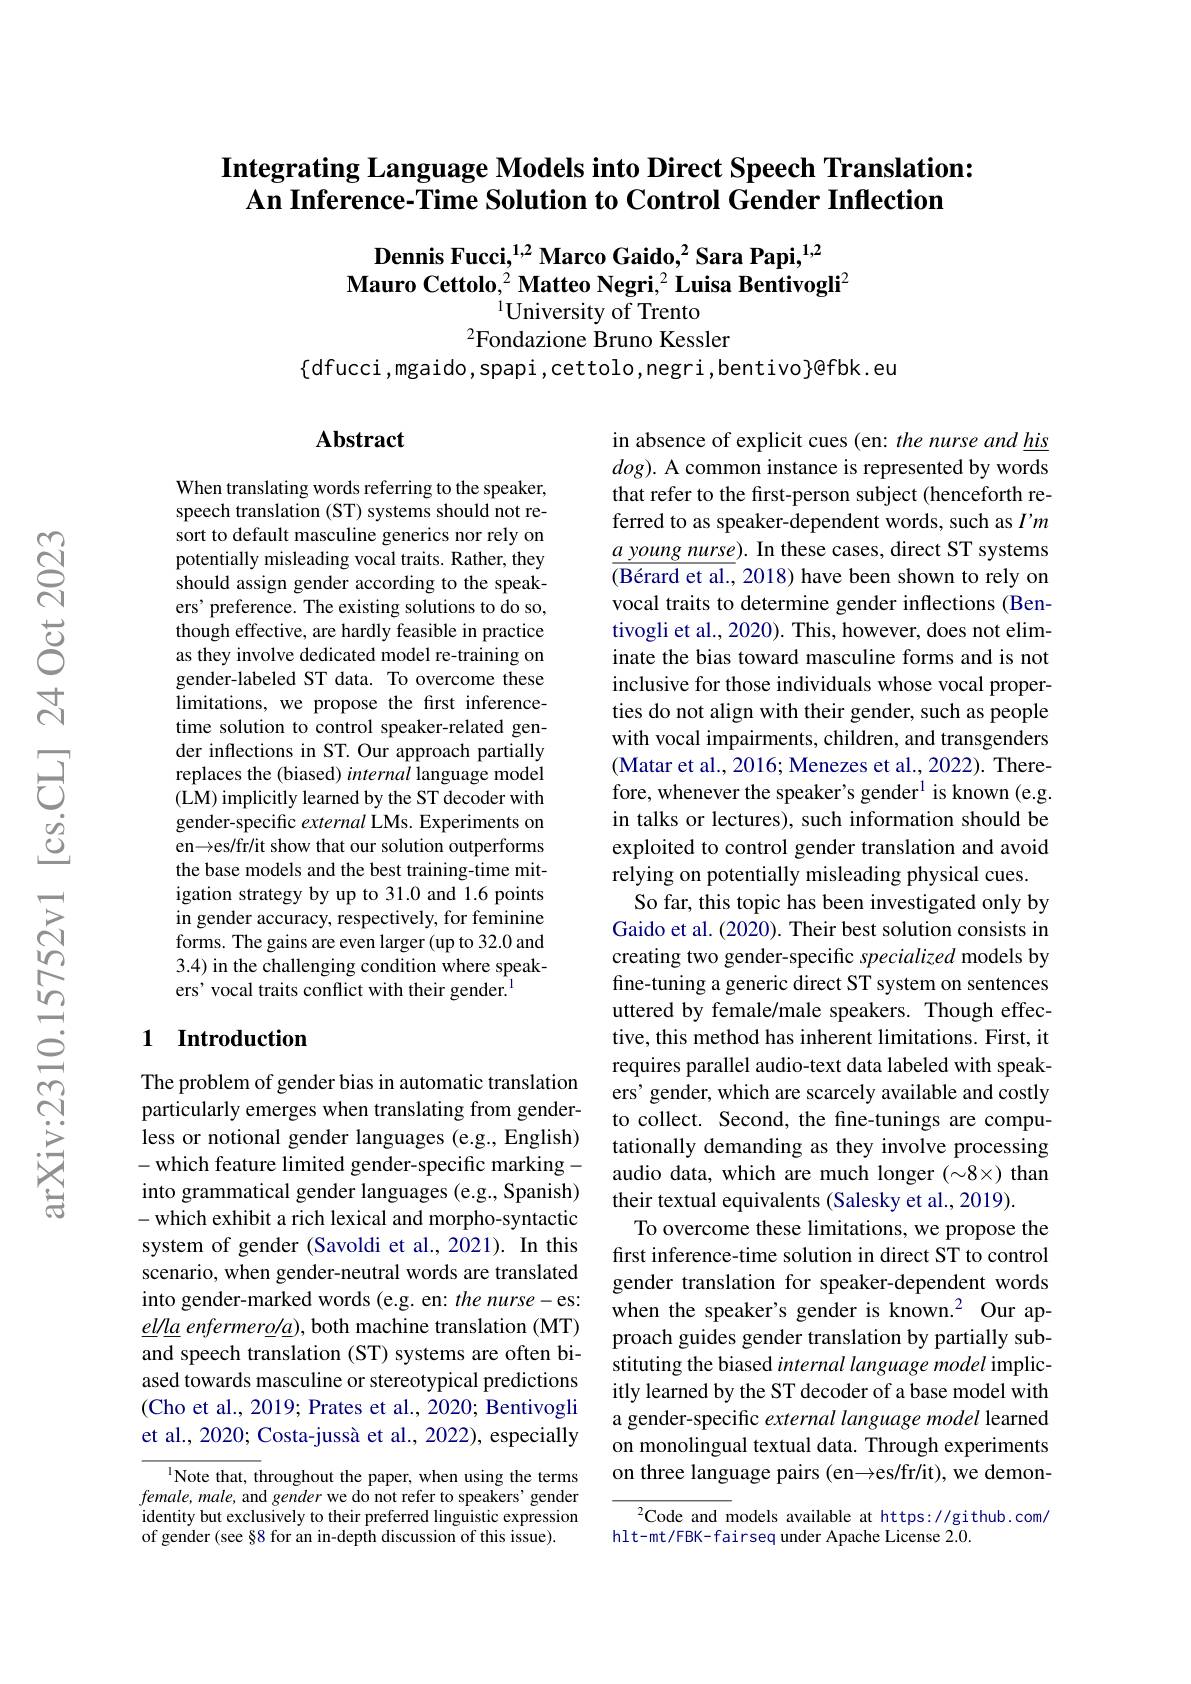
## $\textbf{Integrating Language Models into Direct Speech Translation: }$ An Inference-Time Solution to Control Gender Inflection

Dennis Fucci,$^{1,2}$ Marco Gaido,$^2$ Sara Papi,$^{1,2}$
Mauro Cettolo,$^2\textbf{Matteo Negri,}^2\textbf{Luisa Bentivogli}^2$
$^{1}$University of Trento
$^{2}$Fondazione Bruno Kessler

$\{$dfucci,mgaido,spapi,cettolo,negri,bentivo}@fbk.eu

### $\mathbf{Abstract}$

When translating words referring to the speaker, speech translation (ST) systems should not resort to default masculine generics nor rely on potentially misleading vocal traits. Rather, they should assign gender according to the speakers' preference. The existing solutions to do so, though effective, are hardly feasible in practice as they involve dedicated model re-training on gender-labeled ST data. To overcome these limitations, we propose the first inferencetime solution to control speaker-related gender inflections in ST. Our approach partially replaces the (biased) internal language model (LM) implicitly learned by the ST decoder with gender-specific external LMs. Experiments on en →es/fr/it show that our solution outperforms the base models and the best training-time mitigation strategy by up to 31.0 and 1.6 points in gender accuracy, respectively, for feminine forms. The gains are even larger (up to 32.0 and 3.4) in the challenging condition where speakers' vocal traits conflict with their gender.$^{1}$

in absence of explicit cues (en: the nurse and his $dog).$ A common instance is represented by words that refer to the first-person subject (henceforth referred to as speaker-dependent words, such as $I'm$ $\underline{a\text{ уошп}g\text{ пиrse}}).$ In these cases, direct ST systems $( \text{B\'{e} rard et al. , 2018) have been shown to rely on}$ vocal traits to determine gender inflections (Bentivogli et al., 2020). This, however, does not eliminate the bias toward masculine forms and is not inclusive for those individuals whose vocal properties do not align with their gender, such as people with vocal impairments, children, and transgenders (Matar et al., 2016; Menezes et al., 2022). Therefore, whenever the speaker's gender$^{1}$ is known (e.g. in talks or lectures), such information should be exploited to control gender translation and avoid relying on potentially misleading physical cues. So far, this topic has been investigated only by Gaido et al. (2020). Their best solution consists in creating two gender-specific specialized models by fine-tuning a generic direct ST system on sentences uttered by female/male speakers. Though effective, this method has inherent limitations. First, it requires parallel audio-text data labeled with speakers' gender, which are scarcely available and costly to collect. Second, the fine-tunings are computationally demanding as they involve processing audio data, which are much longer $(\sim8\times)$ than their textual equivalents (Salesky et al., 2019).
To overcome these limitations, we propose the first inference-time solution in direct ST to control gender translation for speaker-dependent words when the speaker's gender is known.$^2$ Our approach guides gender translation by partially substituting the biased internal language model implicitly learned by the ST decoder of a base model with a gender-specific external language model learned on monolingual textual data. Through experiments on three language pairs (en{→}es/fr/it), we demon-
${}^{2}$Code and models available at https://github.com/

## 1 $\textbf{Introduction}$

The problem of gender bias in automatic translation particularly emerges when translating from genderless or notional gender languages (e.g., English) -which feature limited gender-specific marking - into grammatical gender languages (e.g., Spanish) -which exhibit a rich lexical and morpho-syntactic system of gender (Savoldi et al., 2021). In this scenario, when gender-neutral words are translated into gender-marked words (e.g. en: the nurse-es: ella enfermero/a), both machine translation (MT) and speech translation (ST) systems are often biased towards masculine or stereotypical predictions (Cho et al., 2019; Prates et al., 2020; Bentivogli et al., 2020; Costa-jussà et al., 2022), especially

$^{1}$Note that, throughout the paper, when using the terms $female,male$, and gender we do not refer to speakers' gender identity but exclusively to their preferred linguistic expression of gender (see §8 for an in-depth discussion of this issue).

hlt-mt/FBK-fairseq under Apache License 2.0.